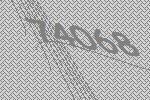
74068